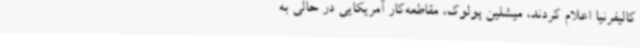
کالیفرنیا اعلام کردند، میشلین پولوک، مقاطعه‌کار آمریکایی در حالی به